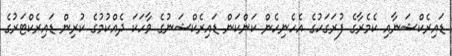
ޑައިރެކްޝަނާއި ކެމެރާގެ ފުރަގަހުގެ އެހެނިހެން ކަންކަން ޑައިރެކްޝަނުގެ ވާހަކަ ދެއްކުމުގެ ކުރިން ޑައިރެކްޓަރުގެ